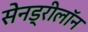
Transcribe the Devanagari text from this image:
सेनड्रीलॉन